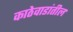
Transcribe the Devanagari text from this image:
काठेवाडांतील